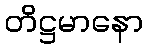
တိဋ္ဌမာနော